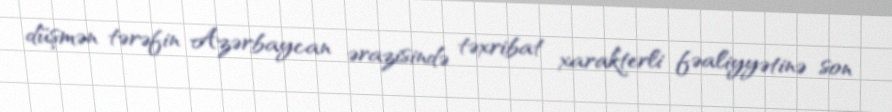
düşmən tərəfin Azərbaycan ərazisində təxribat xarakterli fəaliyyətinə son